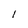
Character: 1